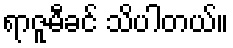
ရာဇူမီခင် သိပါတယ်။